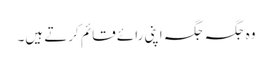
وہ جگہ جگہ اپنی رائے قائم کرتے ہیں۔